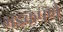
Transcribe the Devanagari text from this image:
भडकपणे